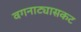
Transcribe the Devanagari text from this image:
वगनाट्यासकट